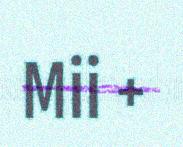
Mii +